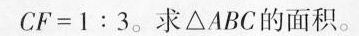
C F = 1 : 3$$。求△ABC的面积。